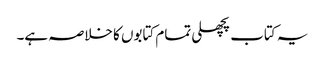
یہ کتاب پچھلی تمام کتابوں کا خلاصہ ہے۔